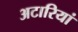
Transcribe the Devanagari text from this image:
अटारियां